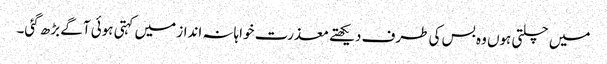
میں چلتی ہوں وہ بس کی طرف دیکھتے معذرت خواہانہ انداز میں کہتی ہوئی آگے بڑھ گئی۔